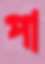
পা